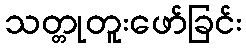
သတ္တုတူးဖော်ခြင်း